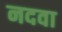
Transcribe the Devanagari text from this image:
नदवा